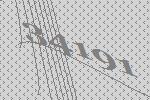
34191